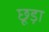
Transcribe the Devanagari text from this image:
छूड़ा